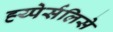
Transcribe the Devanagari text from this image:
ह्य्पेर्सलिसे